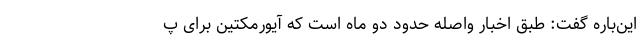
این‌باره گفت: طبق اخبار واصله حدود دو ماه است که آیورمکتین برای پ